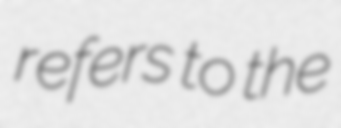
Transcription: refers to the